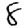
Digit: 8